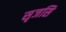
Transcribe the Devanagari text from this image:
सृजसि